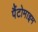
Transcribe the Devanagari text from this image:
पैंटोमाइम